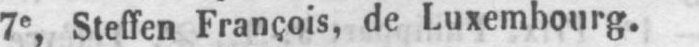
7e Steffen François, de Luxembourg.